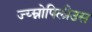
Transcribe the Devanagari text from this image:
ज्य्म्नोपिलीउस